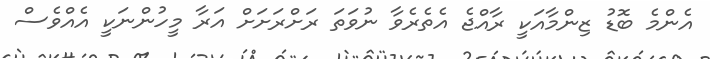
އެންމެ ބޮޑު ޒިންމާއަކީ ރާއްޖެ އެތެރެވާ ނުވަތަ ރަށްރަށަށް އަރާ މީހުންނަކީ އެއްވެސް